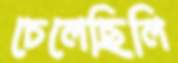
চেলেছিলি